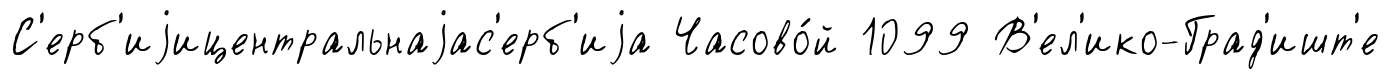
С'ерб'иjицентральнаjас'ерб'иjа Часово́й 1099 В'ел'ико-Град'ишт'е